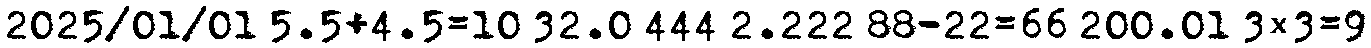
2025/01/01 5.5+4.5=10 32.0 444 2.222 88-22=66 200.01 3×3=9